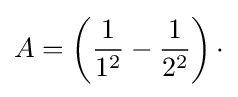
A=\left({\frac {1}{1^{2}}}-{\frac {1}{2^{2}}}\right)\cdot